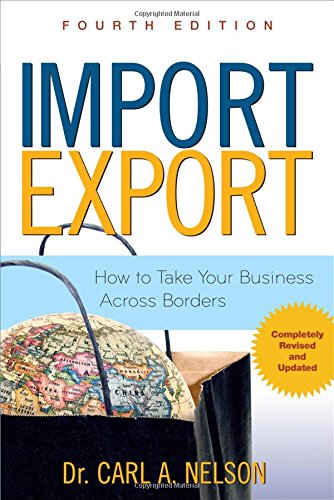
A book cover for Import/Export: How to Take Your Business Across Borders; Carl Nelson; Business & Money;